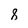
Character: 8